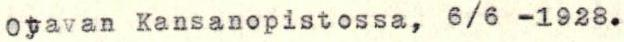
Otavan Kansanopistossa, 6/6 -1928.